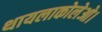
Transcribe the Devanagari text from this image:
थायलाकोलेओ।